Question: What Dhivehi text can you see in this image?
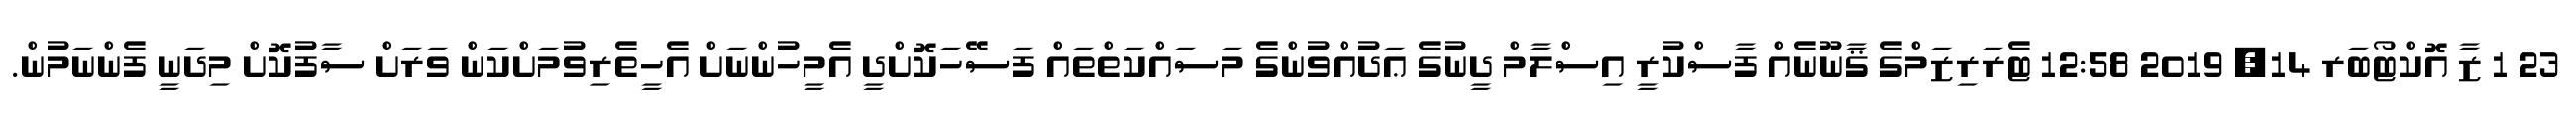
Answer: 23 1 ޒާ އޮކްޓޯބަރ 14, 2019 12:58 ޓެރަރިޒަމްގެ ޤާނޫނެއް ފާސްކުރީ އިސްލާމް ދީނުގެ ޢަދުއްވުންގެ މަސައްކަތްތައް ފަސޭހަކޮށްދީ އެމީހުންނަށް އެހީތެރިވުމަށްކަން ވަރަށް ސާފުކޮށް މިދަނީ ފެންނަމުން.